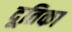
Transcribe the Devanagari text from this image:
दूतिका